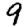
Digit: 9